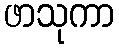
ဖာသုကာ